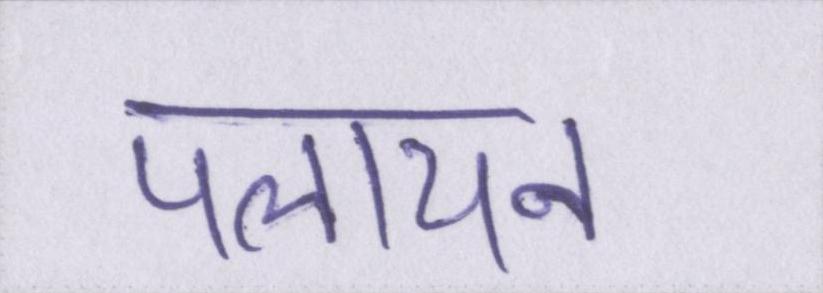
पलायन